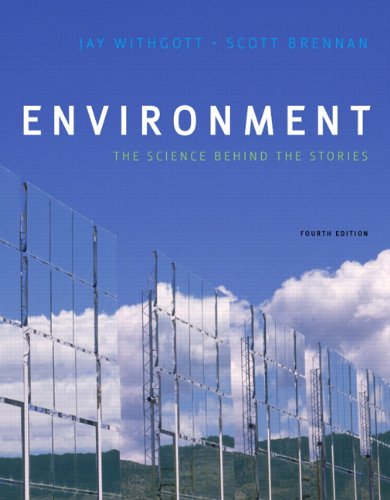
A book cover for Environment: The Science behind the Stories (4th Edition); Jay H. Withgott; Science & Math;